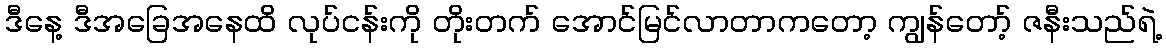
ဒီနေ့ ဒီအခြေအနေထိ လုပ်ငန်းကို တိုးတက် အောင်မြင်လာတာကတော့ ကျွန်တော့် ဇနီးသည်ရဲ့